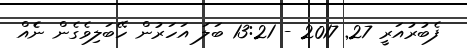
ފެބުރުއަރީ 27